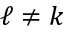
\ell \neq k